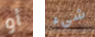
أو شيء